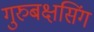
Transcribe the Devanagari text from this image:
गुरुबक्षसिंग